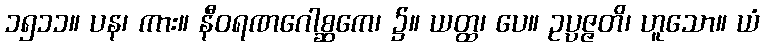
၁၅၁၁။ ပန၊ ကား။ နီဝရဏဂေါစ္ဆကေ၊ ၌။ ယတ္ထ၊ ပေ။ ဥပ္ပဇ္ဇတိ၊ ဟူသော။ ယံ